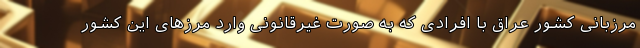
مرزبانی کشور عراق با افرادی که به صورت غیرقانونی وارد مرزهای این کشور